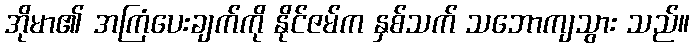
အိုမာ၏ အကြံပေးချက်ကို နိုင်ဇမ်က နှစ်သက် သဘောကျသွား သည်။